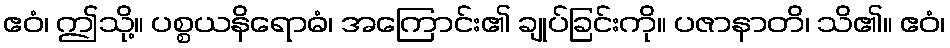
ဧဝံ၊ ဤသို့။ ပစ္စယနိရောဓံ၊ အကြောင်း၏ ချုပ်ခြင်းကို။ ပဇာနာတိ၊ သိ၏။ ဧဝံ၊